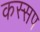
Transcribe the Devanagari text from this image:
कस्सप